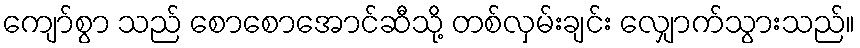
ကျော်စွာ သည် စောစောအောင်ဆီသို့ တစ်လှမ်းချင်း လျှောက်သွားသည်။